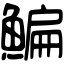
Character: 鯿